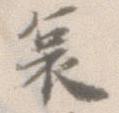
哀